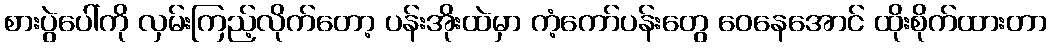
စားပွဲပေါ်ကို လှမ်းကြည့်လိုက်တော့ ပန်းအိုးထဲမှာ ကံ့ကော်ပန်းတွေ ဝေနေအောင် ထိုးစိုက်ထားတာ